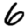
Digit: 6